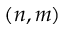
( n , m )